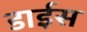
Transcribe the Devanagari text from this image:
डाईस